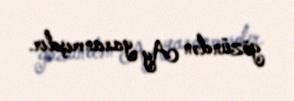
gözündən Ay yaranmışdır.